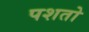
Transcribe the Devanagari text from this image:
पशतो